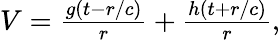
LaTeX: \begin{array}{r}{V=\frac{g(t-r/c)}{r}+\frac{h(t+r/c)}{r},}\end{array}